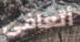
أتعافى